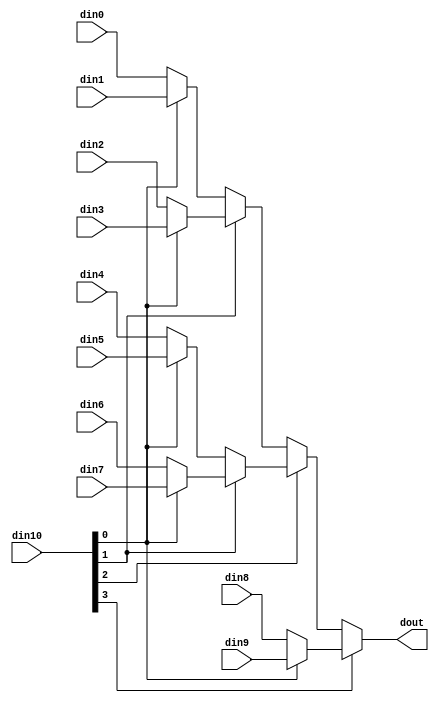
// ==============================================================
// File generated by Vivado(TM) HLS - High-Level Synthesis from C, C++ and SystemC
// Version: 2017.4
// Copyright (C) 1986-2017 Xilinx, Inc. All Rights Reserved.
// 
// ==============================================================


`timescale 1ns/1ps

module mnist_mux_104_32_hbi #(
parameter
    ID                = 0,
    NUM_STAGE         = 1,
    din0_WIDTH       = 32,
    din1_WIDTH       = 32,
    din2_WIDTH       = 32,
    din3_WIDTH       = 32,
    din4_WIDTH       = 32,
    din5_WIDTH       = 32,
    din6_WIDTH       = 32,
    din7_WIDTH       = 32,
    din8_WIDTH       = 32,
    din9_WIDTH       = 32,
    din10_WIDTH         = 32,
    dout_WIDTH            = 32
)(
    input  [31 : 0]     din0,
    input  [31 : 0]     din1,
    input  [31 : 0]     din2,
    input  [31 : 0]     din3,
    input  [31 : 0]     din4,
    input  [31 : 0]     din5,
    input  [31 : 0]     din6,
    input  [31 : 0]     din7,
    input  [31 : 0]     din8,
    input  [31 : 0]     din9,
    input  [3 : 0]    din10,
    output [31 : 0]   dout);

// puts internal signals
wire [3 : 0]     sel;
// level 1 signals
wire [31 : 0]         mux_1_0;
wire [31 : 0]         mux_1_1;
wire [31 : 0]         mux_1_2;
wire [31 : 0]         mux_1_3;
wire [31 : 0]         mux_1_4;
// level 2 signals
wire [31 : 0]         mux_2_0;
wire [31 : 0]         mux_2_1;
wire [31 : 0]         mux_2_2;
// level 3 signals
wire [31 : 0]         mux_3_0;
wire [31 : 0]         mux_3_1;
// level 4 signals
wire [31 : 0]         mux_4_0;

assign sel = din10;

// Generate level 1 logic
assign mux_1_0 = (sel[0] == 0)? din0 : din1;
assign mux_1_1 = (sel[0] == 0)? din2 : din3;
assign mux_1_2 = (sel[0] == 0)? din4 : din5;
assign mux_1_3 = (sel[0] == 0)? din6 : din7;
assign mux_1_4 = (sel[0] == 0)? din8 : din9;

// Generate level 2 logic
assign mux_2_0 = (sel[1] == 0)? mux_1_0 : mux_1_1;
assign mux_2_1 = (sel[1] == 0)? mux_1_2 : mux_1_3;
assign mux_2_2 = mux_1_4;

// Generate level 3 logic
assign mux_3_0 = (sel[2] == 0)? mux_2_0 : mux_2_1;
assign mux_3_1 = mux_2_2;

// Generate level 4 logic
assign mux_4_0 = (sel[3] == 0)? mux_3_0 : mux_3_1;

// output logic
assign dout = mux_4_0;

endmodule